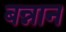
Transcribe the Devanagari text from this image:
बन्नान